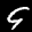
Label: 9